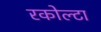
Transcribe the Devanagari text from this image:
रकोल्टा